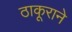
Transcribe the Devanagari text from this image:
ठाकूराने